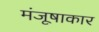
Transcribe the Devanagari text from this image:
मंजूषाकार